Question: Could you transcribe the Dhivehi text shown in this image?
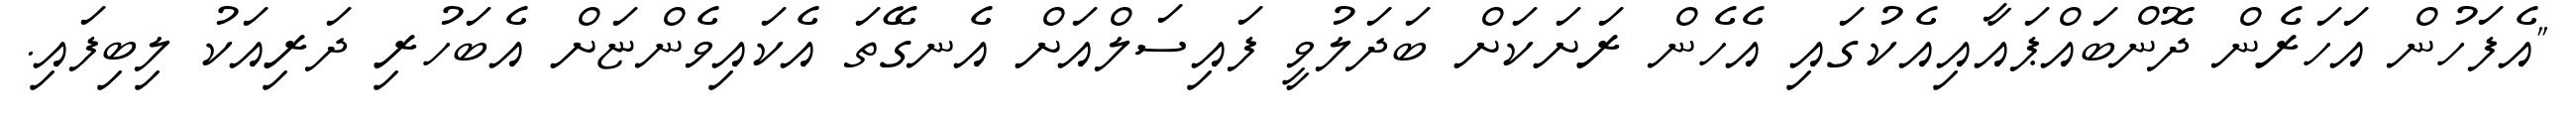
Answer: "އެފަހުން އަހަރެން ދޮންބައްޕައާއިއެކުގައި އެހެން ރަށަކަށް ބަދަލުވީ ފައިސަލްއަށް އެނގޭތަ އެކައިވެންޏަށް އެބަހުރި ދަރިއަކު ލިބިފައި.